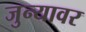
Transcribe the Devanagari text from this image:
जुन्यावर